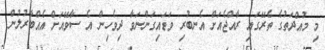
މި މުއްދަތުގެ ތެރޭގައި ރާއްޖެއަށް އެނބުރި ވަޑައިގަންނަވާ ދިވެހިން އެ ސާވޭއަށް އެއްބާރުލުން